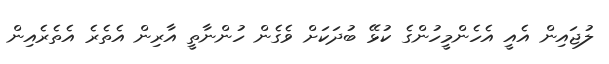
ލުޖައިން އެއީ އެހެންމީހުންގެ ކުޅޭ ބުދަކަށް ވެގެން ހުންނާތީ އާރިން އެތެރެ އެތެރެއިން